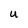
Character: U